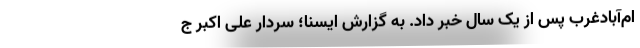
ام‌آبادغرب پس از یک سال خبر داد. به گزارش ایسنا؛ سردار علی اکبر ج